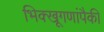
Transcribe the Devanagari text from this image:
भिक्खूगणांपैकी